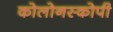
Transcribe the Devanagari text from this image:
कोलोनस्कोपी